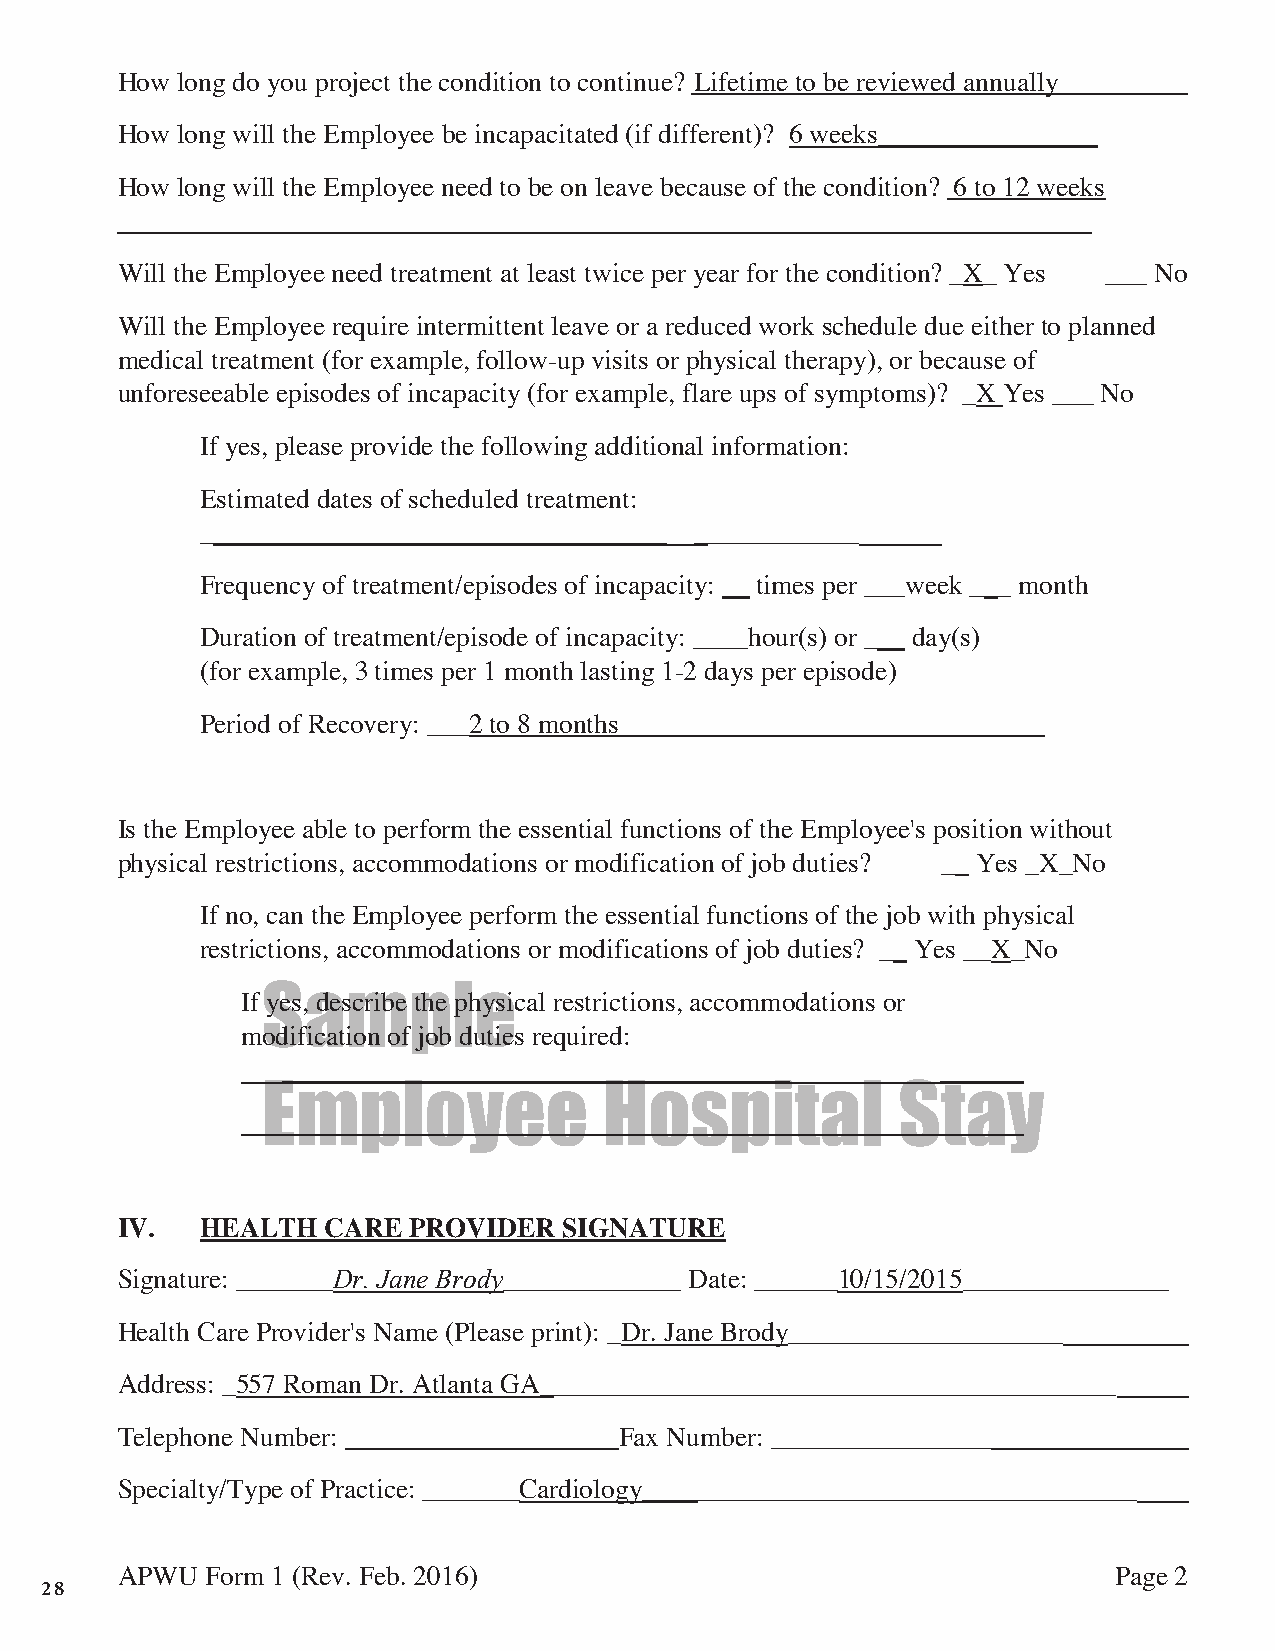
How long do you project the condition to continue? Lifetime to be reviewed annually
 How long will the Employee be incapacitated (if different)? 6 weeks________________
 How long will the Employee need to be on leave because of the condition? 6 to 12 weeks
 _________                             _____________________________
 Will the Employee need treatment at least twice per year for the condition? _X_ Yes ___ No
 Will the Employee require intermittent leave or a reduced work schedule due either to planned
 medical treatment (for example, follow-up visits or physical therapy), or because of
 unforeseeable episodes of incapacity (for example, flare ups of symptoms)? _X Yes ___ No
 If yes, please provide the following additional information:
 Estimated dates of scheduled treatment:
 __________________________________ ____________
 Frequency of treatment/episodes of incapacity: __ times per ___week ___ month
 Duration of treatment/episode of incapacity: ____hour(s) or ___ day(s)
 (for example, 3 times per 1 month lasting 1-2 days per episode)
 Period of Recovery: ___2 to 8 months_______________________________
 Is the Employee able to perform the essential functions of the Employee's position without
 physical restrictions, accommodations or modification of job duties? __ Yes _X_No
 If no, can the Employee perform the essential functions of the job with physical
 restrictions, accommodations or modifications of job duties? __ Yes __X_No
 If Syes,a desmcribe pthe lpheysic al restrictions, accommodations or
 modification of job duties required:
 _____________________________________      ______
 Employee               Hospital           Stay
 IV.  HEALTH  CARE  PROVIDER  SIGNATURE
 Signature: _______Dr. Jane Brody_____________ Date: ______10/15/2015_______________
 Health Care Provider's Name (Please print): _Dr. Jane Brody____________________
 Address: _557 Roman Dr. Atlanta GA__________________________________________
 Telephone Number:                Fax Number: ________________
 Specialty/Type of Practice: _______Cardiology____________________________________
 APWU  Form 1 (Rev. Feb. 2016)                                     Page 2
 28